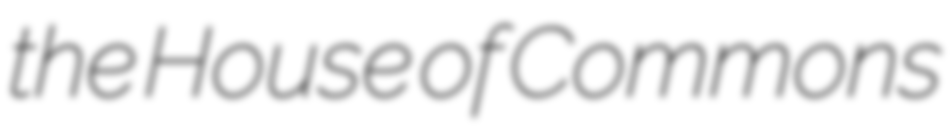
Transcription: the House of Commons